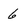
Character: 6